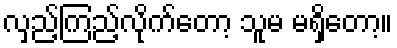
လှည့်ကြည့်လိုက်တော့ သူမ မရှိတော့။